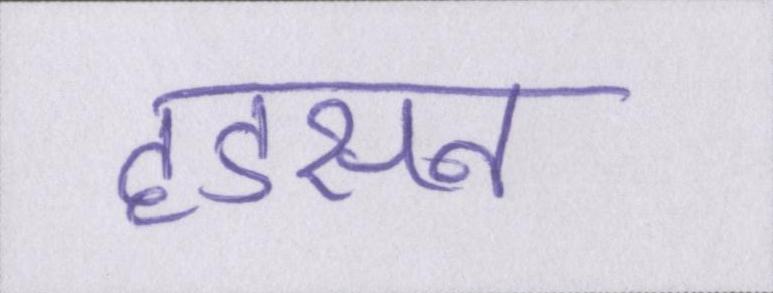
हडसन